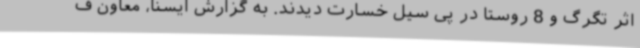
اثر تگرگ و 8 روستا در پی سیل خسارت دیدند. به گزارش ایسنا، معاون ف